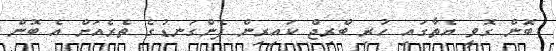
ބޮން ގޮވީ އެތާގައި ހުރި ބްރިޖް ކައިރިން ފެންގަނޑުގެ ތެރެއަށް އެ ބޮން